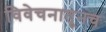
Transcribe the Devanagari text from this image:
विवेचनातूनच